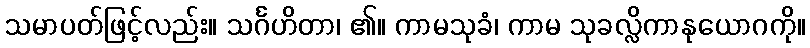
သမာပတ်ဖြင့်လည်း။ သင်္ဂဟိတာ၊ ၏။ ကာမသုခံ၊ ကာမ သုခလ္လိကာနုယောဂကို။